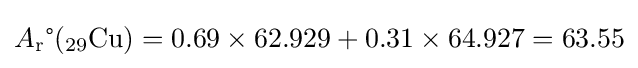
A_{\text{r}}{\text{°}}(_{\text{29}}{\text{Cu}})=0.69\times 62.929+0.31\times 64.927=63.55